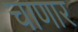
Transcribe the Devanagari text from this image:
चाणार